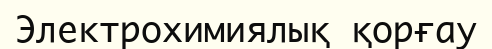
Электрохимиялық қорғау